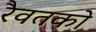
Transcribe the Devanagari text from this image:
रैवतको